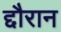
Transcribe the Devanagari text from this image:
द्दौरान